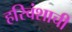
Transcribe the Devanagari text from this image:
हरिवंशाची